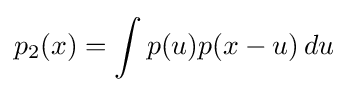
p_{2}(x)=\int p(u)p(x-u)\,du